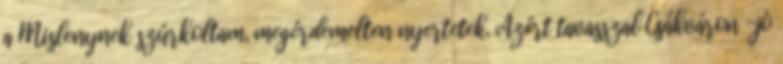
a Mislenynek szúrkoltam, megérdemelten nyertetek. Azért tavasszal Csákváron -jó